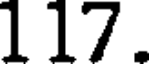
117.